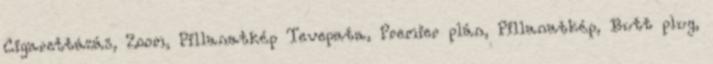
Cigarettázás, Zoom, Pillanatkép Tevepata, Premier plán, Pillanatkép, Butt plug,